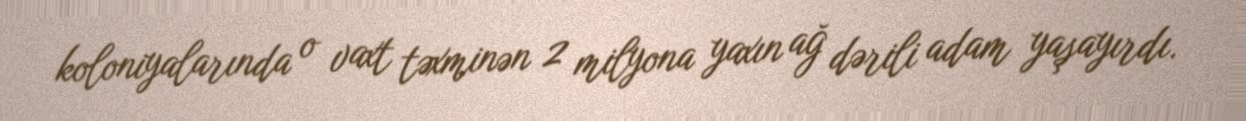
koloniyalarında o vaxt təxminən 2 milyona yaxın ağ dərili adam yaşayırdı.